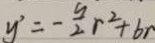
y ^ { \prime } = - \frac { 9 } { 2 } r ^ { 2 } + 6 r